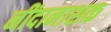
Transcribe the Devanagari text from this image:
नींदानाशक